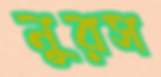
নুরস